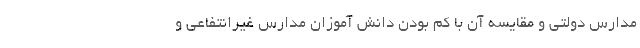
مدارس دولتی و مقایسه آن با کم بودن دانش آموزان مدارس غیرانتفاعی و